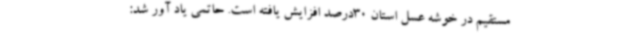
مستقیم در خوشه عسل استان 30درصد افزایش یافته است. حاتمی یاد آور شد: